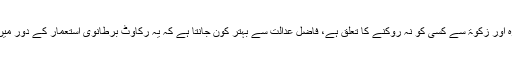
جہاں تک نماز، روزہ اور زکوٰۃ سے کسی کو نہ روکنے کا تعلق ہے، فاضل عدالت سے بہتر کون جانتا ہے کہ یہ رکاوٹ برطانوی استعمار کے دور میں بھی موجود نہ تھی۔